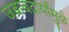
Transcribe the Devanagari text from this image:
जबाबदार्यांमुळे